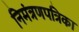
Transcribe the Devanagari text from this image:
निमंत्रणपत्रिका